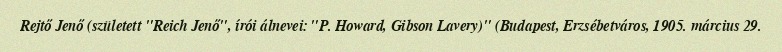
Rejtő Jenő (született "Reich Jenő", írói álnevei: "P. Howard, Gibson Lavery)" (Budapest, Erzsébetváros, 1905. március 29.